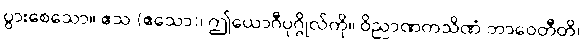
ပွားစေသော။ ဧသ (ဧသော)၊ ဤယောဂီပုဂ္ဂိုလ်ကို။ ဝိညာဏကသိဏံ ဘာဝေတီတိ၊